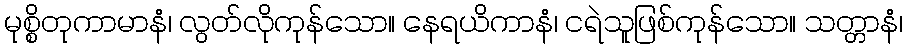
မုစ္စိတုကာမာနံ၊ လွတ်လိုကုန်သော။ နေရယိကာနံ၊ ငရဲသူဖြစ်ကုန်သော။ သတ္တာနံ၊